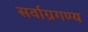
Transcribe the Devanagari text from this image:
सर्वाग्रगण्य